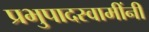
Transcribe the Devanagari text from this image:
प्रभुपादस्वामींनी